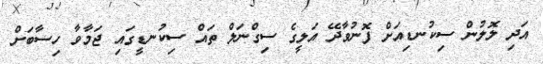
އަދި ލޮލުން ސިކުނޑިއަށް ފޮނުވާދޭ އަލީގެ ސިގްނަލް ތައް ސިކުނޑީގައި ޖަމާވާ ހިސާބަށް